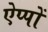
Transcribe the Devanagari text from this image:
ऐप्पों